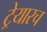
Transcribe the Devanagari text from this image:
ट्रेयारच